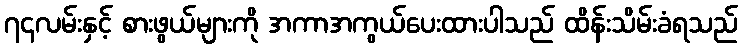
၇၄လမ်းနှင့် စားဖွယ်များကို အကာအကွယ်ပေးထားပါသည် ထိန်းသိမ်းခံရသည်